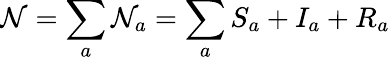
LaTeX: \mathcal{N}=\sum_{a}\mathcal{N}_{a}=\sum_{a}S_{a}+I_{a}+R_{a}